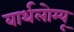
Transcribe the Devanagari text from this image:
बार्थलोम्यू